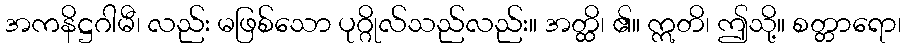
အကနိဋ္ဌဂါမီ၊ လည်း မဖြစ်သော ပုဂ္ဂိုလ်သည်လည်း။ အတ္ထိ၊ ၏။ ဣတိ၊ ဤသို့။ စတ္တာရော၊